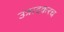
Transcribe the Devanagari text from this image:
उत्रादकरच